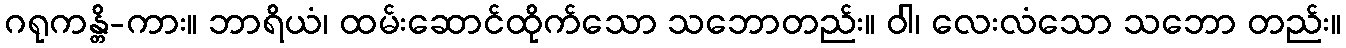
ဂရုကန္တိ-ကား။ ဘာရိယံ၊ ထမ်းဆောင်ထိုက်သော သဘောတည်း။ ဝါ၊ လေးလံသော သဘော တည်း။